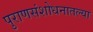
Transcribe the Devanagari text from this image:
पुराणसंशोधनातल्या